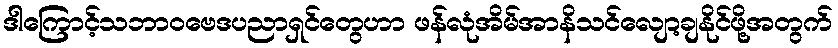
ဒါကြောင့်သဘာဝဗေဒပညာရှင်တွေဟာ ဖန်လုံအိမ်အာနိသင်လျော့ချနိုင်ဖို့အတွက်